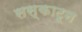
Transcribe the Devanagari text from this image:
सस्काटून